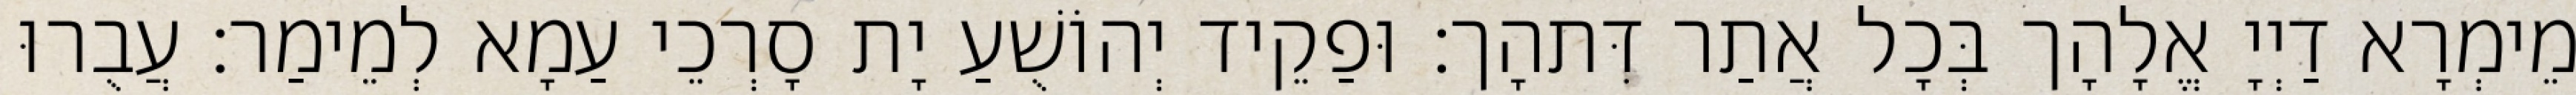
מֵימְרָא דַיְיָ אֱלָהָך בְּכָל אֲתַר דִּתהָך׃ וּפַקֵיד יְהוֹשֻׁעַ יָת סָרְכֵי עַמָא לְמֵימַר׃ עֲבֻרוּ